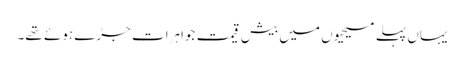
یہاں پہلے مسیحیوں میں بیش قیمت جواہرات جڑے ہوئے تھے۔